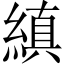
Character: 縝